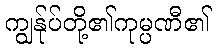
ကျွန်ုပ်တို့၏ကုမ္ပဏီ၏